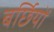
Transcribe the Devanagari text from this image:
बर्छियों